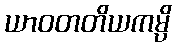
ယာဝတတိယကမ္ပိ